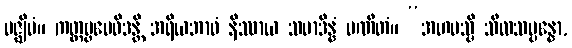
မဇ္ဈိမံ။ ကတ္တဗ္ဗမေဝိဒန္တိ အရိယဘာဝံ နိဿာယ သမာဒိန္နံ ပဏီတံ။ “အဟမသ္မိ သီလသမ္ပန္နော,